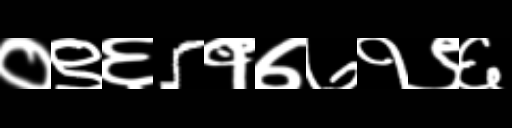
Text: ०९६5१७७१९६